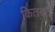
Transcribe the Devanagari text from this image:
कितबत